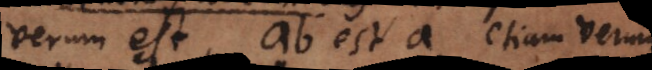
verum est, ab est a, etiam verum